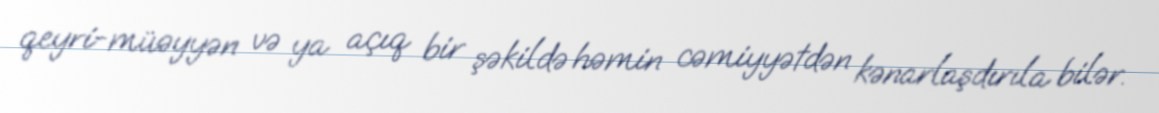
qeyri-müəyyən və ya açıq bir şəkildə həmin cəmiyyətdən kənarlaşdırıla bilər.